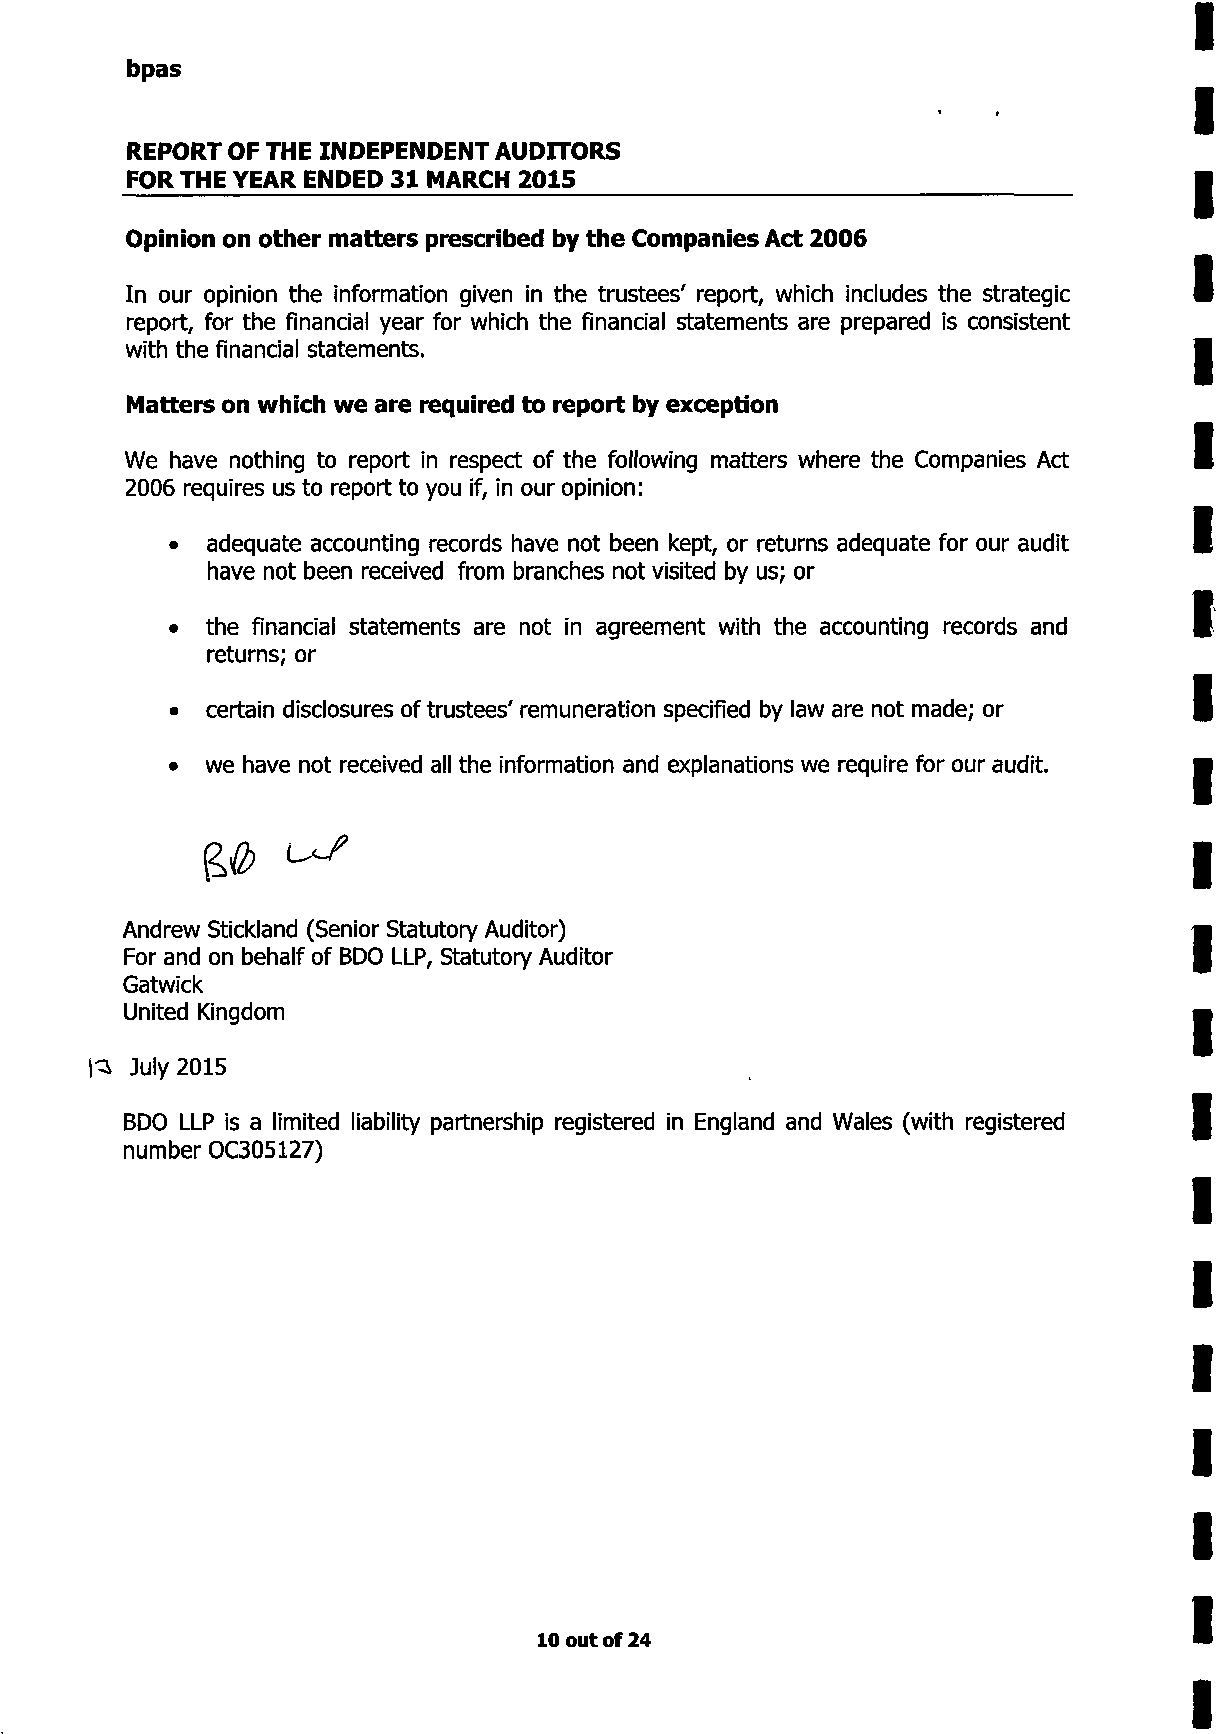
bpas
 REPORT OF THE INDEPENDENT AUDITORS
 FOR THE YEAR ENDED 31 MARCH 2015
 Opinion on other matters prescribed by the Companies Act 2006
 In our opinion the information given in the trustees' report, which includes the strategic
 report, for the financial year for which the financial statements are prepared is consistent
 with the financial statements.
 Matters on which we are required to report by exception
 We have nothing to report in respect of the following matters where the Companies Act
 2006 requires us to report to you if, in our opinion:
 •  adequate accounting records have not been kept, or returns adequate for our audit
 have not been received from branches not visited by us; or
 •  the financial statements are not in agreement with the accounting records and
 returns; or
 •  certain disclosures of trustees' remuneration specified by law are not made; or
 •  we have not received all the information and explanations we require for our audit.
 £<2>      ^
 Andrew Stickland (Senior Statutory Auditor)
 For and on behalf of BDO LLP, Statutory Auditor
 Gatwick
 United Kingdom
 July 2015
 BDO LLP is a limited liability partnership registered in England and Wales (with registered
 number OC305127)
 10 out of 24